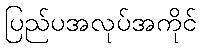
ပြည်ပအလုပ်အကိုင်